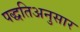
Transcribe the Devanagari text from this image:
पद्धतिअनुसार